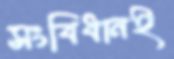
সংবিধানই